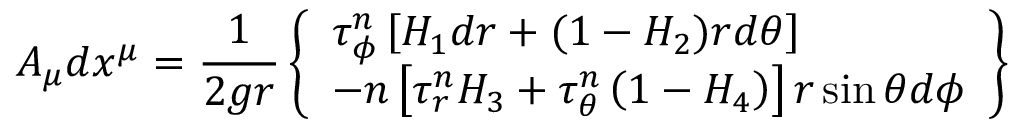
A _ { \mu } d x ^ { \mu } = \frac { 1 } { 2 g r } \left\{ \begin{array} { l } { { \displaystyle { \tau _ { \phi } ^ { n } \left[ H _ { 1 } d r + ( 1 - H _ { 2 } ) r d \theta \right] } } } \\ { { \displaystyle { - n \left[ \tau _ { r } ^ { n } H _ { 3 } + \tau _ { \theta } ^ { n } \left( 1 - H _ { 4 } \right) \right] r \sin \theta d \phi } } } \end{array} \right\}